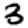
Digit: 3